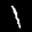
Label: 1